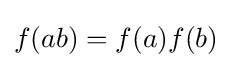
f(ab)=f(a)f(b)